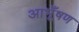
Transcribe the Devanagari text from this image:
आभूँषण